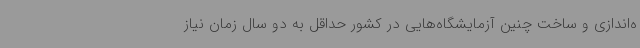
ه‌اندازی و ساخت چنین آزمایشگاه‌هایی در کشور حداقل به دو سال زمان نیاز